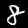
Label: 8